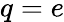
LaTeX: q=e